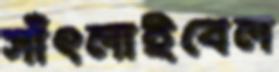
সাঁৎলাইবেল